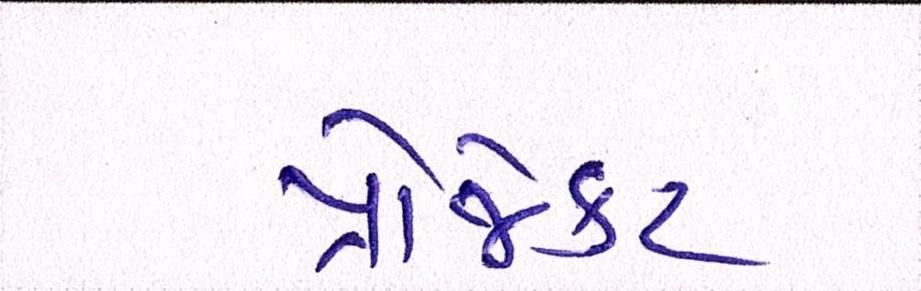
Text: પ્રોજેકટ